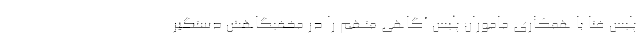
پلیس فتا با همکاری ماموران پلیس آگاهی متهم را در مخفیگاهش دستگیر